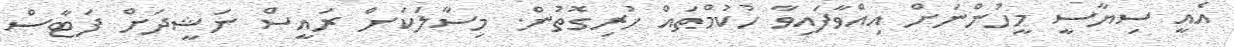
އެއީ ސިޔާސީ މީހުންނަށް އިއްވާފައިވާ ހުކުމްތައް ހުރިގޮތުން. މިސާލަކަށް ރައީސް ނަޝީދަށް ފަޓާސް